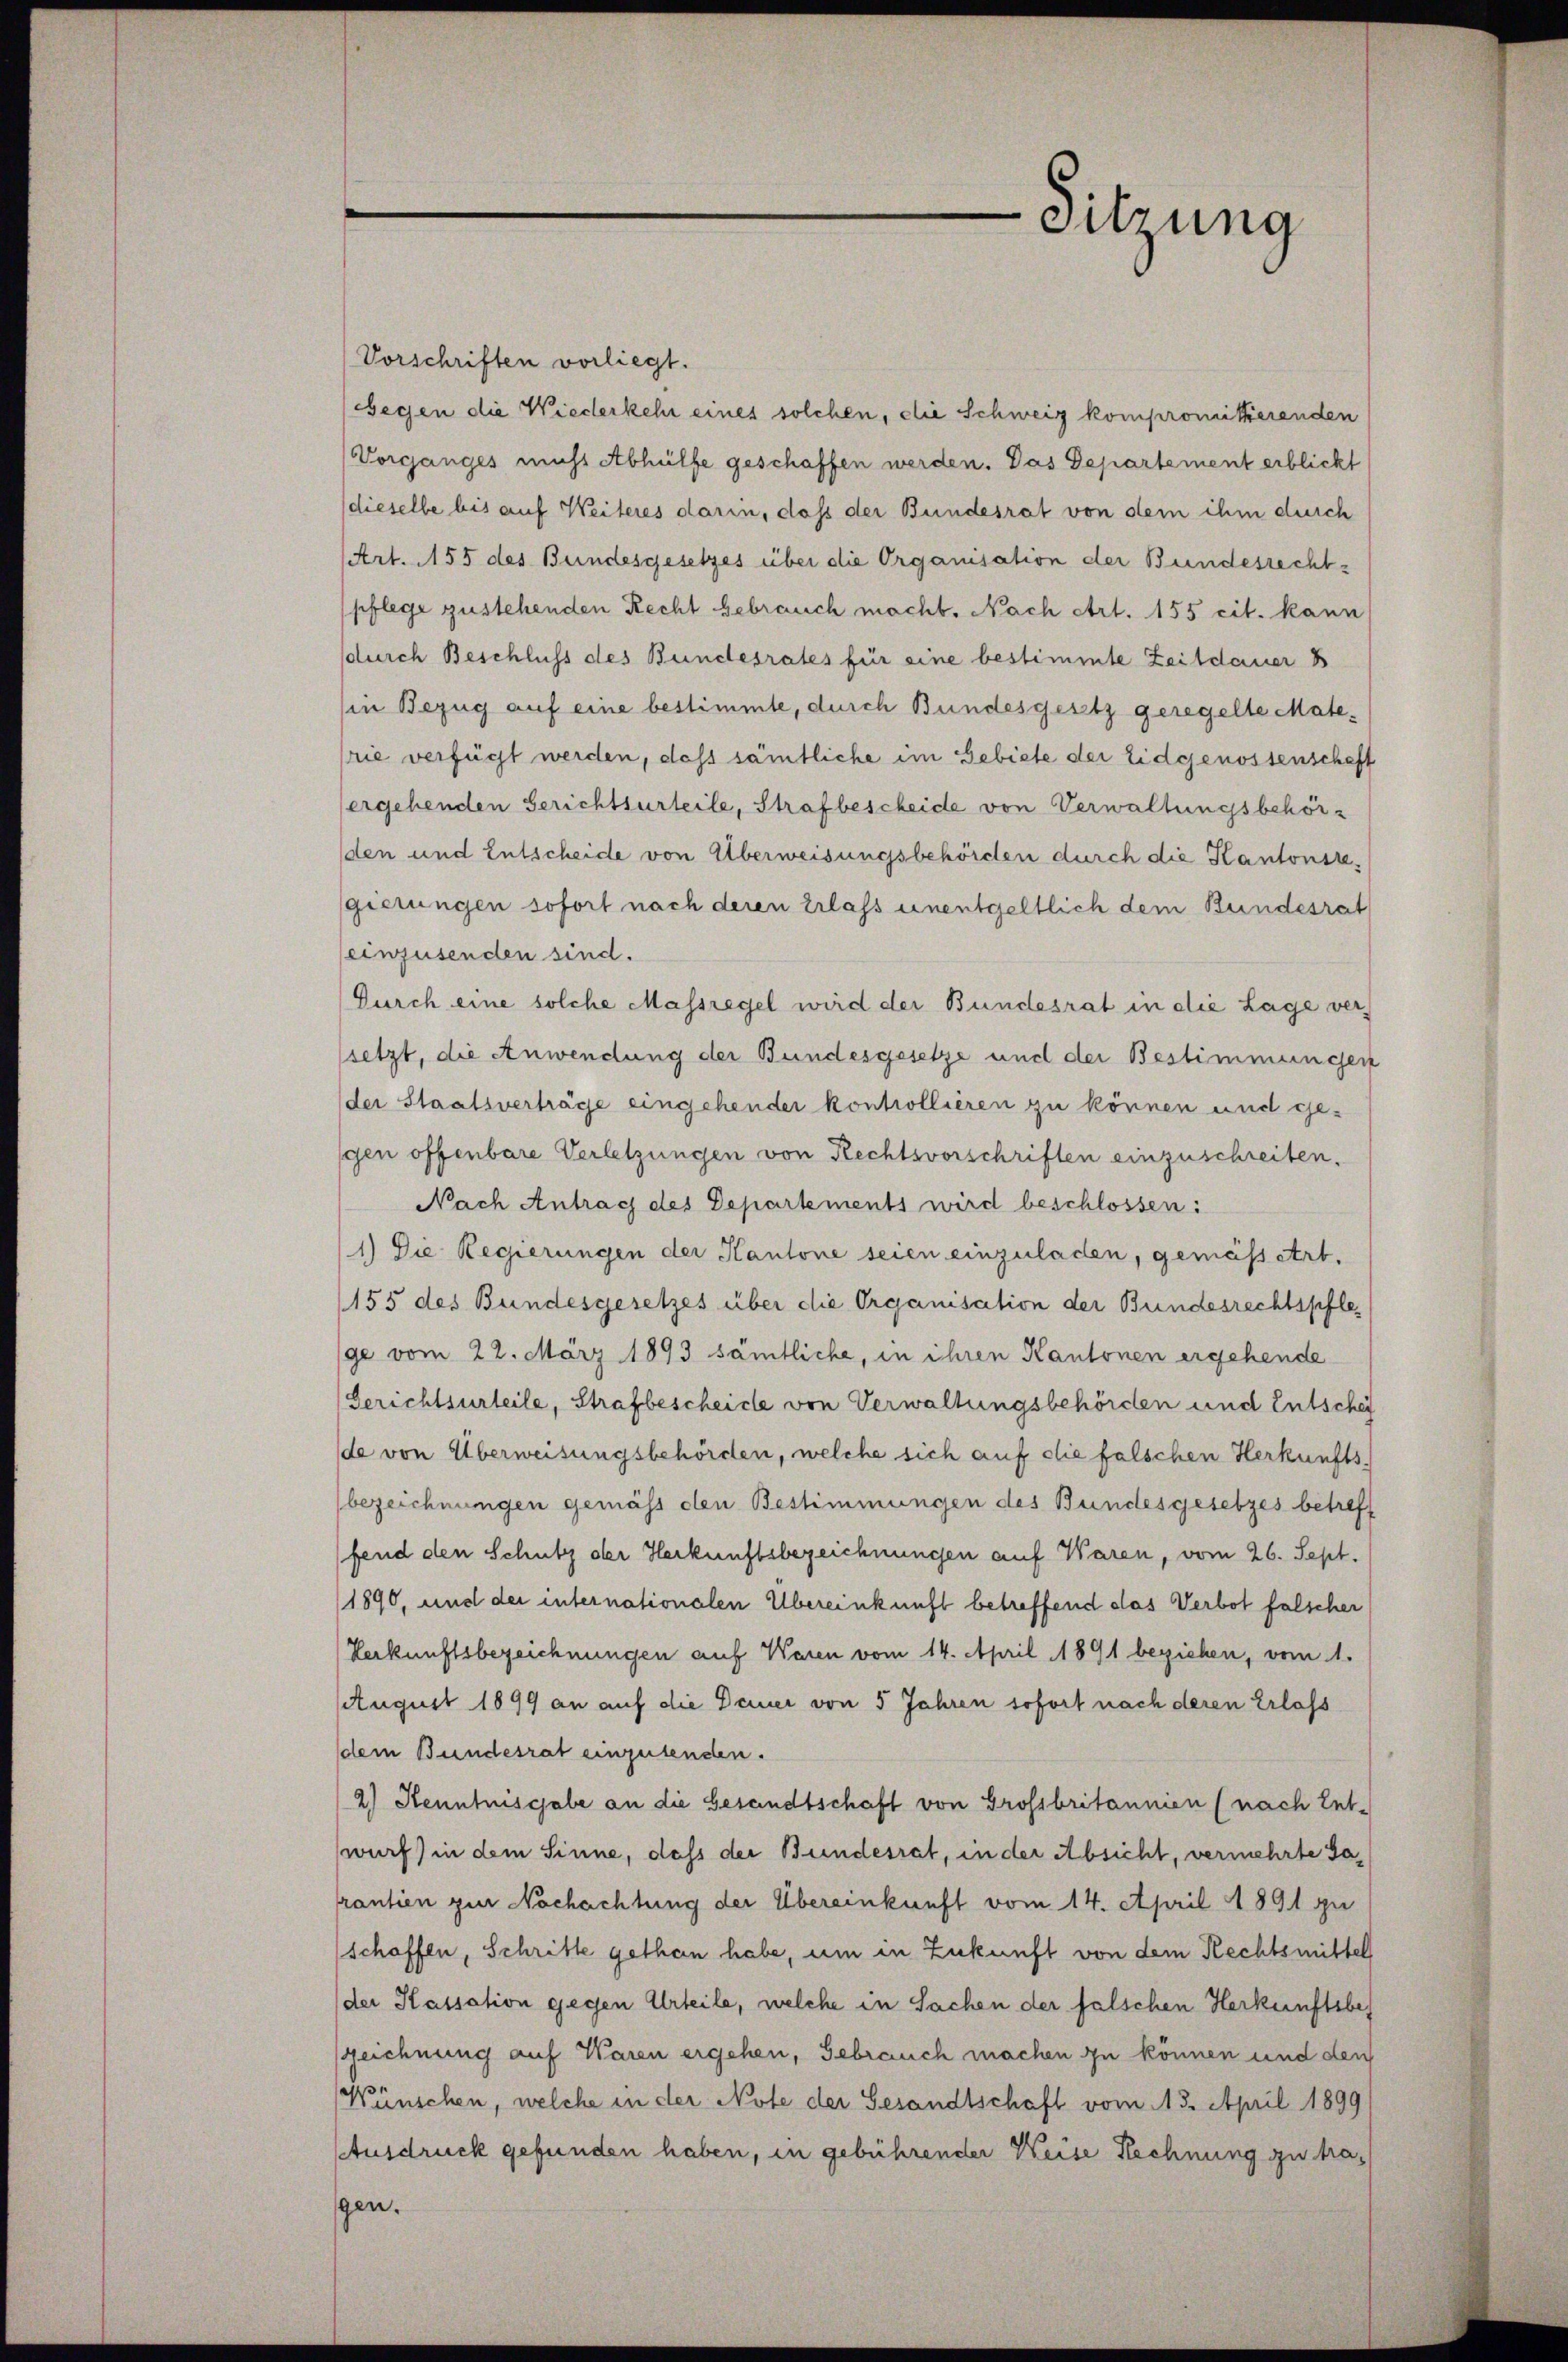
Vorschriften vorliegt.
Gegen die Wiederkehr eines solchen, die Schweiz kompromiterenden
Vorganges mich Abhülfe geschaffen werden. Das Departement erblickt
dieselbe bis auf Weiteres darin, dass der Bundesrat von dem ihm durch
Art. 155 des Bundesgesetzes über die Organisation der Bundesrecht-
pflege zustehenden Recht gebrauch macht. Nach Art. 155 cit. kann
sdurch Beschluss des Bundesrates für eine bestimmte Zeitdauer B
(in Bezug auf eine bestimmte, durch Bundesgesetz geregelte Materie verfügt werden, dass sämtliche im Gebiete der Eidgenossenschaft
ergehenden Gerichtsurteile, Strafbescheide von Verwaltungsbehörden und Entscheide von Überweisungsbehörden durch die Kantonsregierungen sofort nach deren Erlass unentgeltlich dem Bundesrat
einzusenden sind.
Durch eine solche Massregel wird der Bundesrat in die Lage verssetzt, die Anwendung der Bundesgesetze und der Bestimmungen
der Staatsverträge eingehender kontrollieren zu können und ge-
gen offenbare Verletzungen von Rechtsvorschriften einzuschreiten.
Nach Antrag des Departements wird beschlossen:
1.) Die Regierungen der Kantone seien einzuladen, gemässert.
155 des Bundesgesetzes über die Organisation der Bundesrechtspflege vom 22. März 1893 sämtliche, in ihren Kantonen ergehende
Gerichtsurteile, Strafbescheide von Verwaltungsbehörden und Entsche
de von Überweisungsbehörden, welche sich auf die falschen Herkunfts-
bezeichnungen gemäss den Bestimmungen des Bundesgesetzes betreff
fend den Schutz der Herkunftsbezeichnungen auf Waren, vom 26. Sept.
1890, und der internationalen Übereinkunft betreffend das Verbot falscher
Herkunftsbezeichnungen auf Waren vom 14. April 1891 beziehen, vom 1.
August 1899 an auf die Dauer von 5 Jahren sofort nach deren Erlass
dem Bundesrat einzusenden.
2) Kenntnisgabe an die Gesandtschaft von Grossbritannien (nach Ent-
wurf) in dem Sinne, dass der Bundesrat, in der Absicht, vermehrte Sarantien zur Nachachtung der Übereinkunft vom 14. April 1891 zu
schaffen, Schritte gethan habe, um in Zukunft von dem Rechtsmittel
der Hassation gegen Urteile, welche in Sachen der falschen Herkunftsbes
szeichnung auf Waren ergehen, Gebrauch machen zu können und den
Wünschen, welche in der Note der Gesandtschaft vom 13. April 1899
Ausdruck gefunden haben, in gebührender Weise Rechnung zu tragen.

Sitzung